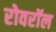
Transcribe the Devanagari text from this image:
रोवरॉल